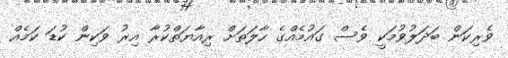
ވެރިކަން ބަދަލުވުމަކީ ވެސް ގައުމެއްގެ ހާލަތަށް ރިއާޔަތްކުރާ އިރު ވަކިން ކުޑަ ކަމެއް